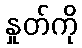
နှုတ်ကို